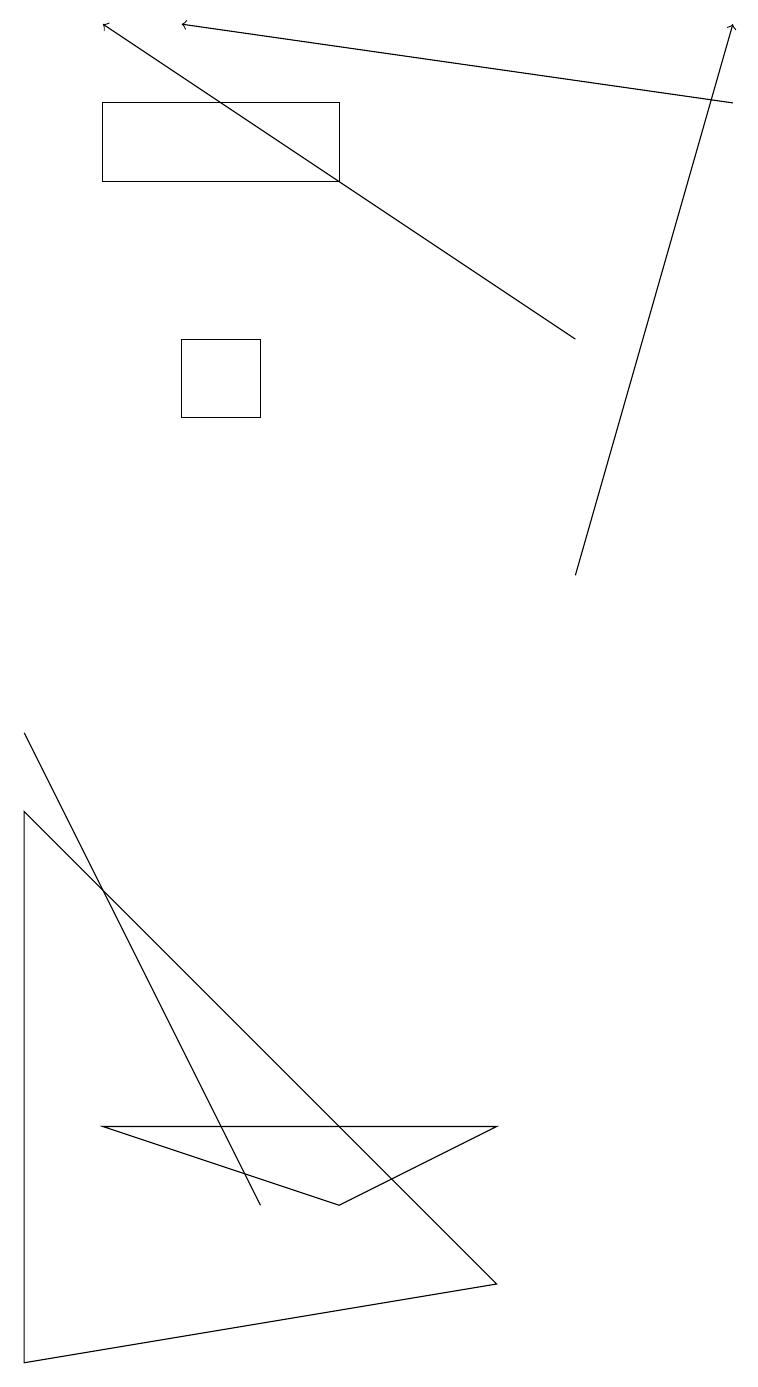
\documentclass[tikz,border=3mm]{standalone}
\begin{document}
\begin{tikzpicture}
\draw[->] (9,16) -- (2,17);
\draw (6,3) -- (4,2) -- (1,3) -- cycle;
\draw (1,16) rectangle (4,15);
\draw (2,12) rectangle (3,13);
\draw (6,1) -- (0,0) -- (0,7) -- cycle;
\draw (3,2) -- (0,8) -- (1,6) -- cycle;
\draw[->] (7,13) -- (1,17);
\draw[->] (7,10) -- (9,17);
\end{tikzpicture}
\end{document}